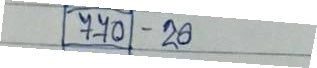
770 - 20